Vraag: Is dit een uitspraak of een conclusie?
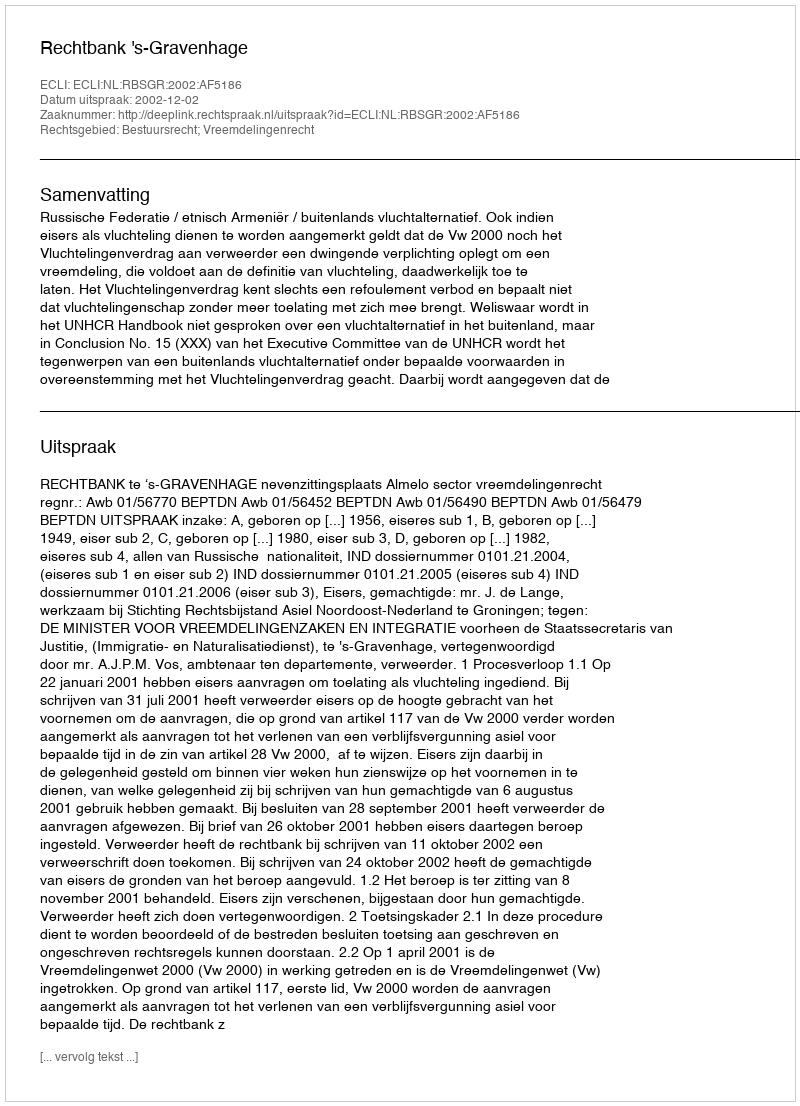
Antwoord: Uitspraak